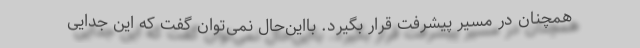
همچنان در مسیر پیشرفت قرار بگیرد. بااین‌حال نمی‌توان گفت که این جدایی